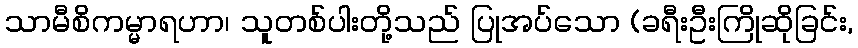
သာမီစိကမ္မာရဟာ၊ သူတစ်ပါးတို့သည် ပြုအပ်သော (ခရီးဦးကြိုဆိုခြင်း,